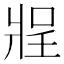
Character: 𰠔